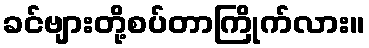
ခင်ဗျားတို့စပ်တာကြိုက်လား။